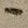
Text: -